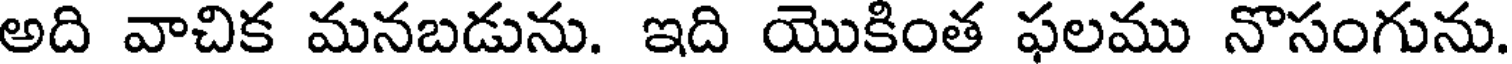
అది వాచిక మనబడును. ఇది యొకింత ఫలము నొసంగును.